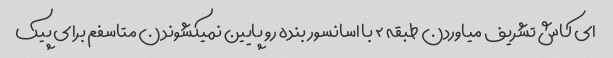
ای کاش تشریف میاوردن طبقه ۲ با اسانسور بنده رو پایین نمیکشوندن متاسفم برای پیک